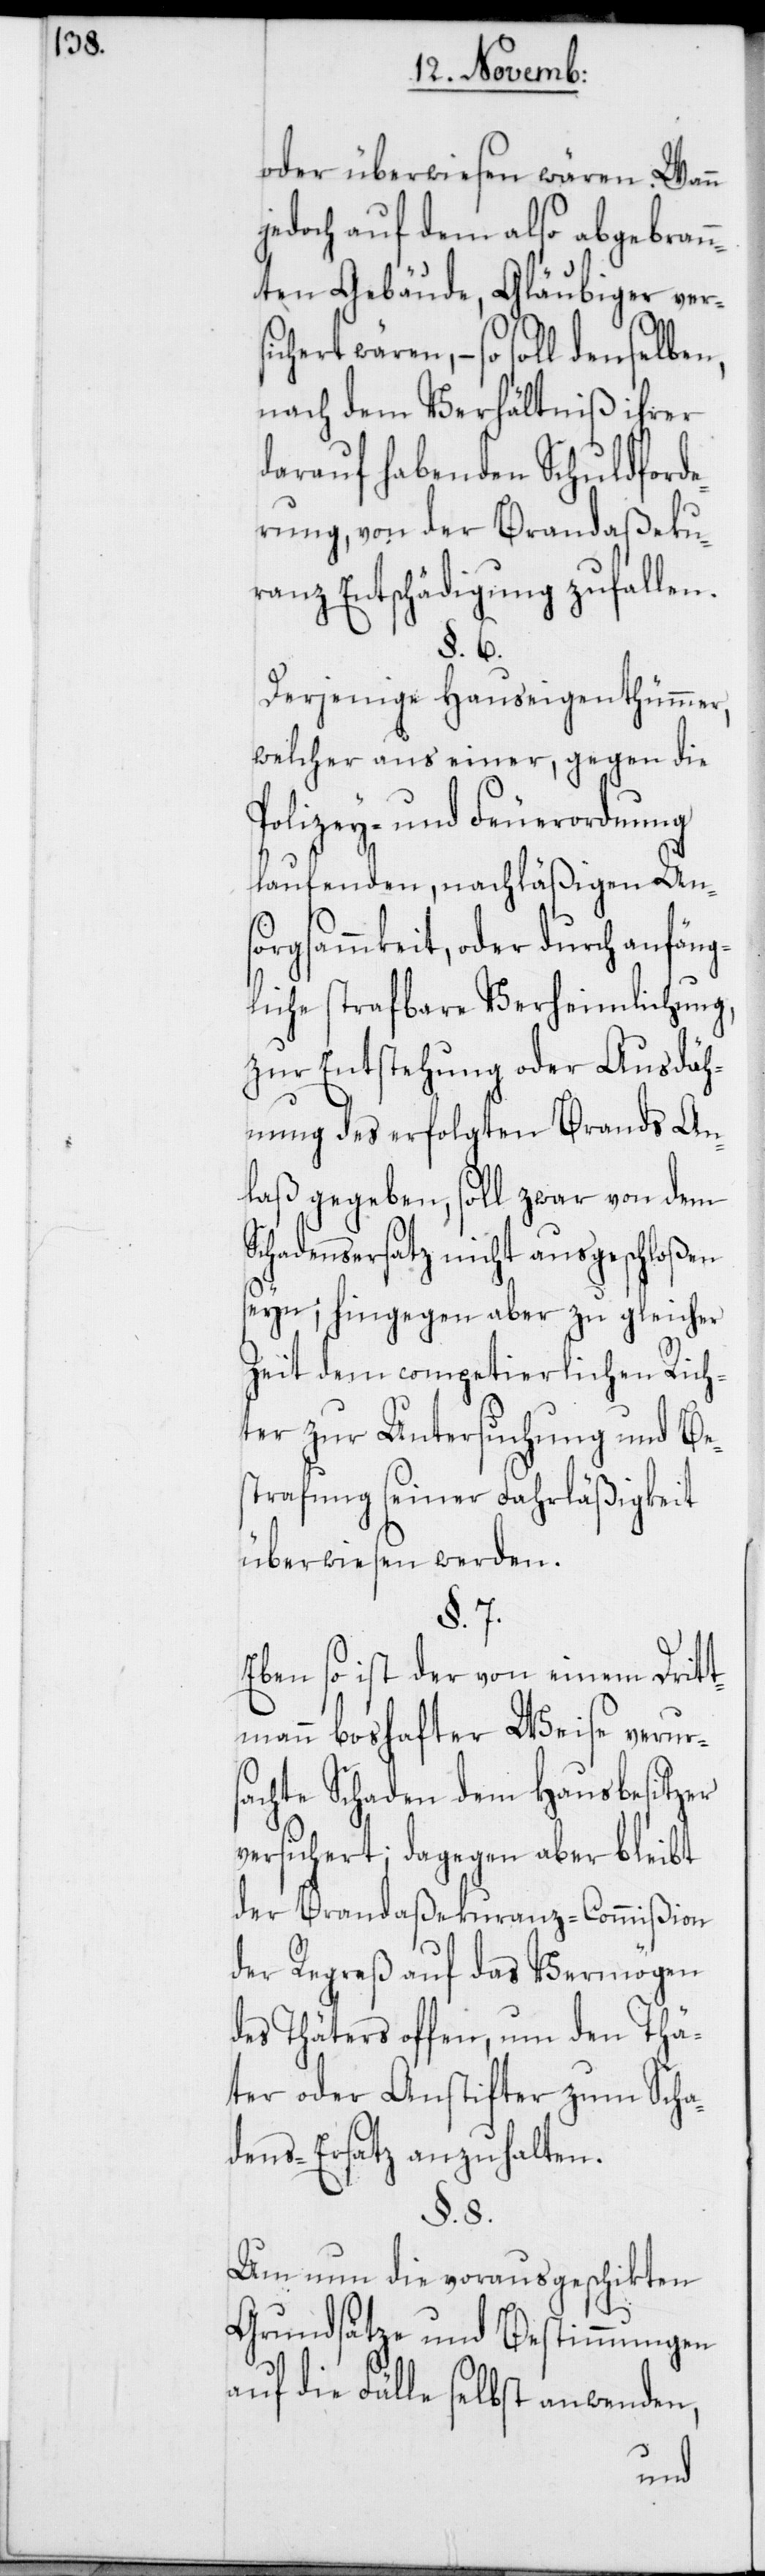
oder überwiesen wären. Wann
jedoch auf dem also abgebran¬
nten Gebäude, Gläubiger vers¬
ichert wären, – so soll denselben,
nach dem Verhältniß ihrer
darauf habenden Schuldforde¬
rung, von der Brandaßeku¬
ranz Entschädigung zufallen.
§. 6.
Derjenige Hauseigenthümmer,
welcher aus einer, gegen die
Polizey- und Feuerordnung
laufenden, nachläßigen Un¬
sorgsammkeit, oder durch anfäng¬
liche strafbare Verheimlichung,
zur Entstehung oder Ausdäh¬
nung des erfolgten Brands An¬
laß gegeben, soll zwar von dem
Schadensersatz nicht ausgeschloßen
seyn; hingegen aber zu gleicher
Zeit dem competierlichen Rich¬
ter zur Untersuchung und Be¬
strafung seiner Fahrläßigkeit
überwiesen werden.
§. 7.
Eben so ist der von einem Dritt¬
mann boshafter Weise verur¬
sachte Schaden dem Hausbesitzer
versichert; dagegen aber bleibt
der Brandaßekuranz-Commißion
der Regreß auf das Vermögen
des Thäters offen, um den Thä¬
ter oder Anstifter zum Scha¬
dens-Ersatz anzuhalten.
§. 8.
Um nun die vorausgeschikten
Grundsätze und Bestimmungen
auf die Fälle selbst anwenden,